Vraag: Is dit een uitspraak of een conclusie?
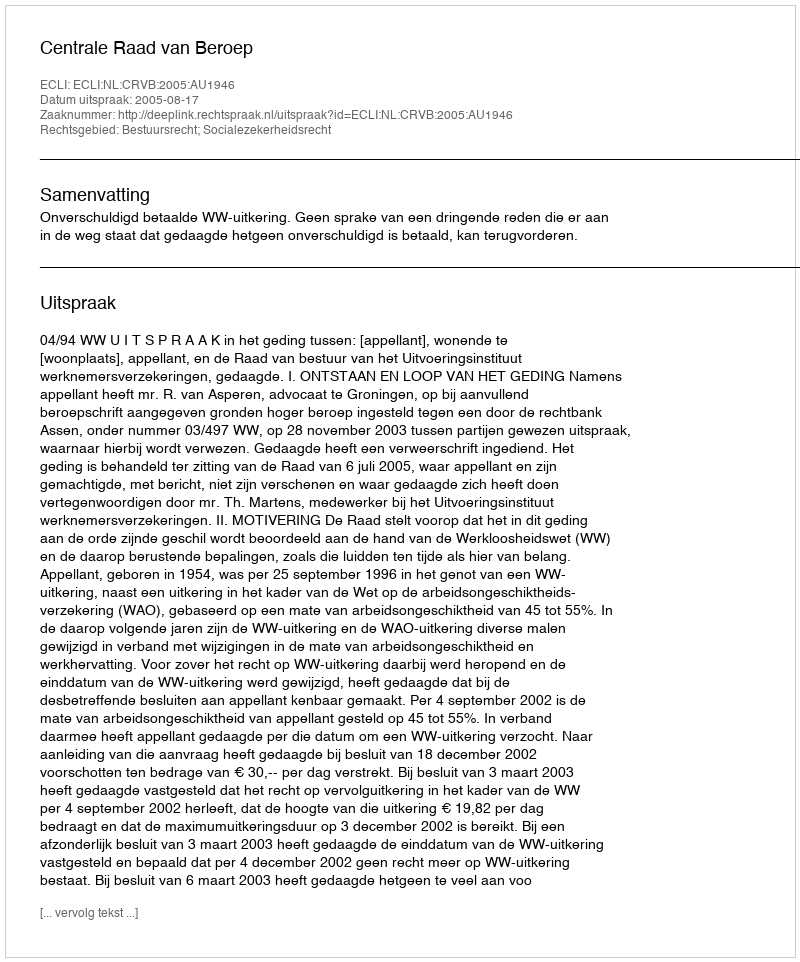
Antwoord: Uitspraak